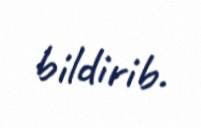
bildirib.